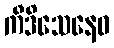
ကီဒိသေနေဝ